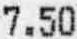
7.50